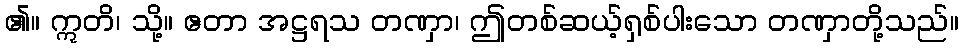
၏။ ဣတိ၊ သို့။ ဧတာ အဋ္ဌရသ တဏှာ၊ ဤတစ်ဆယ့်ရှစ်ပါးသော တဏှာတို့သည်။